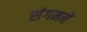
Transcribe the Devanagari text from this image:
संगममें